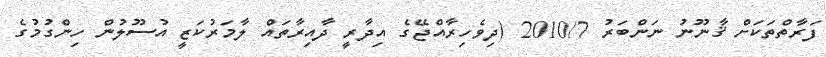
ފަރާތްތަކަށް ޤާނޫނު ނަންބަރު 2010/7 (ދިވެހިރާއްޖޭގެ އިދާރީ ދާއިރާތައް ލާމަރުކަޒީ އުސޫލުން ހިންގުމުގެ